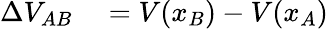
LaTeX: \begin{array}{rl}{\Delta V_{AB}}&{{}=V(x_{B})-V(x_{A})}\end{array}